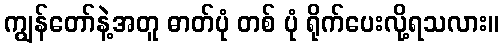
ကျွန်တော်နဲ့အတူ ဓာတ်ပုံ တစ် ပုံ ရိုက်ပေးလို့ရသလား။